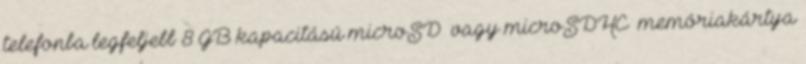
telefonba legfeljebb 8 GB kapacitású microSD™ vagy microSDHC™ memóriakártya